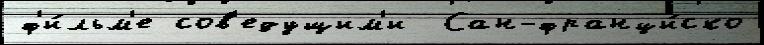
ф'и́льм'е сов'едущим'и  Сан-франци́ско